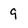
Character: 9